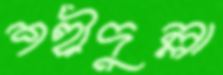
শহীদুল্লা